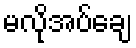
မလိုအပ်ချေ